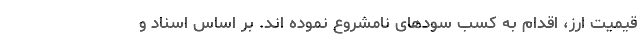
قیمیت ارز، اقدام به کسب سودهای نامشروع نموده اند. بر اساس اسناد و